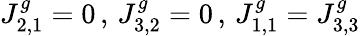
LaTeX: J_{2,1}^{g}=0\, ,\, J_{3,2}^{g}=0\, ,\, J_{1,1}^{g}=J_{3,3}^{g}